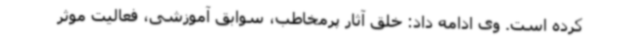
کرده است. وی ادامه داد: خلق آثار پرمخاطب، سوابق آموزشی، فعالیت موثر